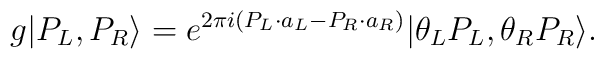
g|P_L,P_R\rangle = e^{2\pi i (P_L\cdot a_L - P_R \cdot a_R)} |\theta_L P_L ,\theta_R P_R\rangle.